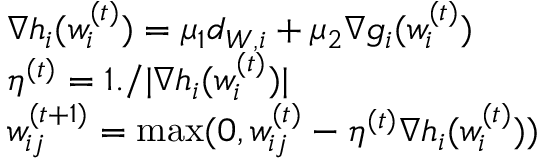
\begin{array} { r l } & { \nabla h _ { i } ( w _ { i } ^ { ( t ) } ) = \mu _ { 1 } d _ { W , i } + \mu _ { 2 } \nabla g _ { i } ( w _ { i } ^ { ( t ) } ) } \\ & { \eta ^ { ( t ) } = 1 . / | \nabla h _ { i } ( w _ { i } ^ { ( t ) } ) | } \\ & { w _ { i j } ^ { ( t + 1 ) } = \operatorname* { m a x } ( 0 , w _ { i j } ^ { ( t ) } - \eta ^ { ( t ) } \nabla h _ { i } ( w _ { i } ^ { ( t ) } ) ) } \end{array}